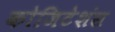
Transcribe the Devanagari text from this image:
कोजिटेशंस